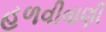
હળવીવાણી